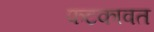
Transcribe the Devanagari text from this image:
फटकावत